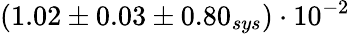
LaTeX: (1.02\pm 0.03\pm 0.80_{sys})\cdot 10^{-2}